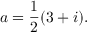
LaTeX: a = { \frac { 1 } { 2 } } ( 3 + i ) .